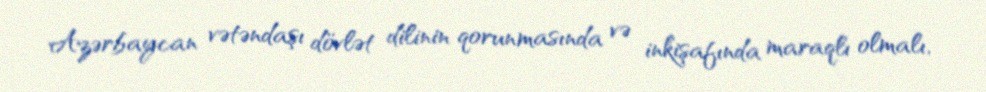
Azərbaycan vətəndaşı dövlət dilinin qorunmasında və inkişafında maraqlı olmalı,